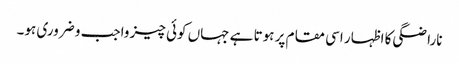
ناراضگی کا اظہار اسی مقام پر ہوتا ہے جہاں کوئی چیز واجب و ضروری ہو۔